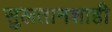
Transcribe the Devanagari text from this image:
सुलतानशाही